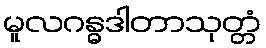
မူလဂန္ဓဒါတာသုတ္တံ